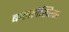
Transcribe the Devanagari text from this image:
बाललेखिका